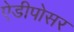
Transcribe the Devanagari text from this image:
ऐडीपोसर